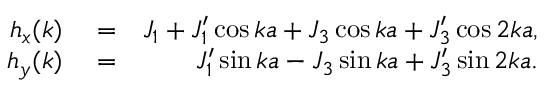
\begin{array} { r l r } { h _ { x } ( k ) } & { { } = } & { J _ { 1 } + J _ { 1 } ^ { \prime } \cos { k a } + J _ { 3 } \cos { k a } + J _ { 3 } ^ { \prime } \cos { 2 k a } , } \\ { h _ { y } ( k ) } & { { } = } & { J _ { 1 } ^ { \prime } \sin { k a } - J _ { 3 } \sin { k a } + J _ { 3 } ^ { \prime } \sin { 2 k a } . } \end{array}